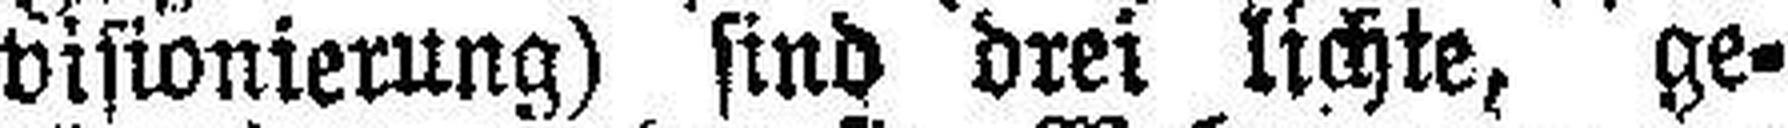
visionierung) sind drei lichte, ge¬